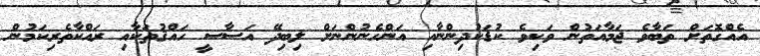
އެއްގޮތަށް ތަބާވެ ޖަމާއަތުން ވަކިވެ ކުޑަކުދިންނާއި އަންހެނުންނަށް ލިބިދޭ އަސާސީ ހައްޤުތަކާއި ރައްކާތެރިކަމުން